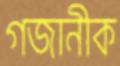
গজানীক